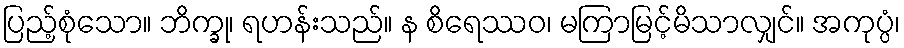
ပြည့်စုံသော။ ဘိက္ခု၊ ရဟန်းသည်။ န စိရေဿဝ၊ မကြာမြင့်မိသာလျှင်။ အကုပ္ပံ၊